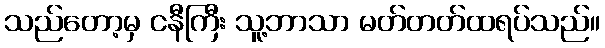
သည်တော့မှ ငနီကြီး သူ့ဘာသာ မတ်တတ်ထရပ်သည်။